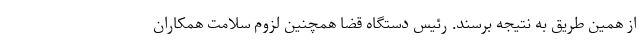
از همین طریق به نتیجه برسند. رئیس دستگاه قضا همچنین لزوم سلامت همکاران